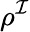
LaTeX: \rho^{\mathcal{I}}